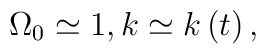
\Omega _{0}\simeq 1,k\simeq k\left( t\right) ,